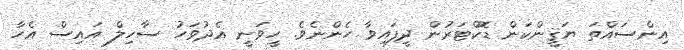
އިންސައްތަ ޔަޤީންކަން ޑޮކްޓަރުން ދީފައިވާ ހެންނެވެ. ހީވަނީ އެދުވަހު ސާހިލް އައިސް އެހާ